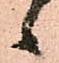
候